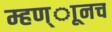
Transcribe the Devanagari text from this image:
म्हण्ाूनच